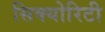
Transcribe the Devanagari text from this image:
सिक्‍योरिटी